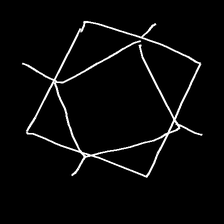
Glyph: light